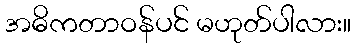
အဓိကတာဝန်ပင် မဟုတ်ပါလား။